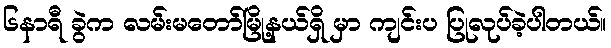
၆နာရီ ခွဲက လမ်းမတော်မြို့နယ်ရှိ မှာ ကျင်းပ ပြုလုပ်ခဲ့ပါတယ်။